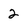
Character: 2